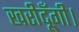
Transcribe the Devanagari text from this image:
खरीदूँगी।